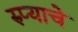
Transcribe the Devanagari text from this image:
रुप्याचे